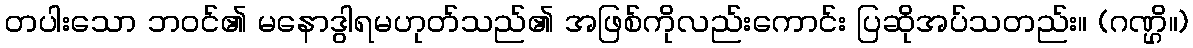
တပါးသော ဘဝင်၏ မနောဒွါရမဟုတ်သည်၏ အဖြစ်ကိုလည်းကောင်း ပြဆိုအပ်သတည်း။ (ဂဏ္ဌိ။)